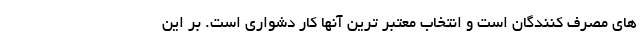
های مصرف کنندگان است و انتخاب معتبر ترین آنها کار دشواری است. بر این